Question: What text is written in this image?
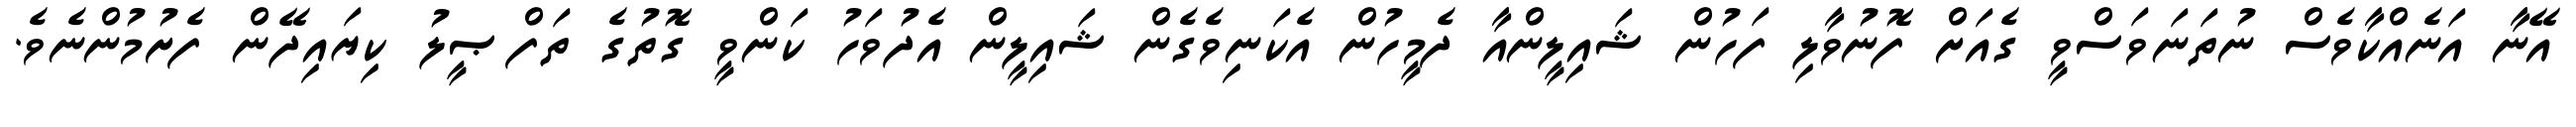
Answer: އޭނާ އަނެއްކާވެސް ނުތަނަވަސްވީ ގެއަށް ފޮނުވާލި ފަހުން ޝައިލީންއާ ދެމީހުން އެކަނިވެގެން ޝައިލީން އެދުވަހު ކަންވީ ގޮތުގެ ތަފްޞީލު ކިޔައިދޭން ފެށުމުންނެވެ.